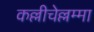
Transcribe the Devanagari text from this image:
कल्लीचेल्लम्मा